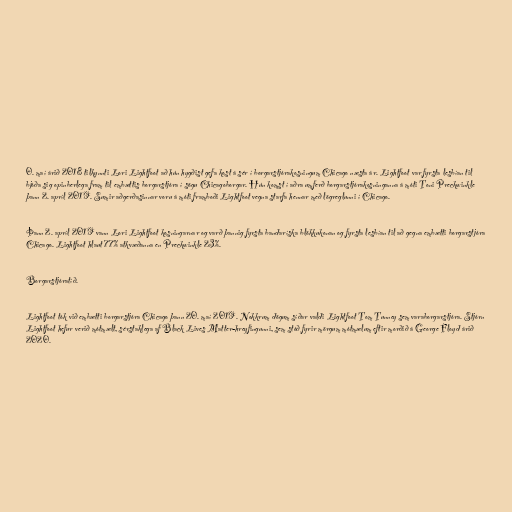
0. maí árið 2018 tilkynnti Lori Lightfoot að hún hygðist gefa kost á sér í borgarstjórakosningum Chicago næsta ár. Lightfoot var fyrsta lesbían til
bjóða sig opinberlega fram til embættis borgarstjóra í sögu Chicagoborgar. Hún komst í aðra umferð borgarstjórakosninganna á móti Toni Preckwinkle
þann 2. apríl 2019. Sumir aðgerðasinnar voru á móti framboði Lightfoot vegna starfa hennar með lögreglunni í Chicago.

Þann 2. apríl 2019 vann Lori Lightfoot kosningarnar og varð þannig fyrsta bandaríska blökkukonan og fyrsta lesbían til að gegna embætti borgarstjóra
Chicago. Lightfoot hlaut 77% atkvæðanna en Preckwinkle 23%.

Borgarstjóratíð.

Lightfoot tók við embætti borgarstjóra Chicago þann 20. maí 2019. Nokkrum dögum síðar valdi Lightfoot Tom Tunney sem varaborgarstjóra. Stjórn
Lightfoot hefur verið mótmælt, sérstaklega af Black Lives Matter-hreyfingunni, sem stóð fyrir mörgum mótmælum eftir morðið á George Floyd árið
2020.